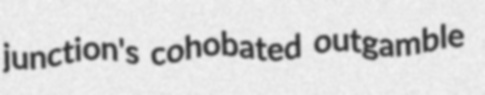
junction's cohobated outgamble